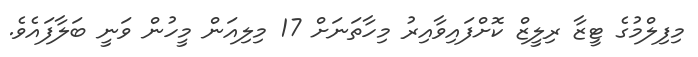
މިފިލްމުގެ ޓީޒާ ރިލީޒް ކޮށްފައިވާއިރު މިހާތަނަށް 17 މިލިއަން މީހުން ވަނީ ބަލާފައެވެ.